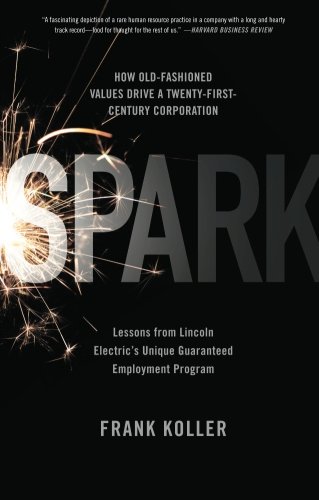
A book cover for Spark: How Old-Fashioned Values Drive a Twenty-First-Century Corporation: Lessons from Lincoln Electric's U; Frank Koller; Business & Money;